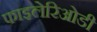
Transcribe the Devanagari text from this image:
फाइलेरिओडी